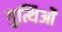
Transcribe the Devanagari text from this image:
गुत्थिओं